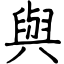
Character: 與